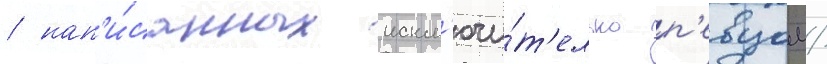
/ нап'и́санных искл'ючи́т'ельно п'евцом/